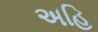
અહિ